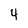
Character: 4